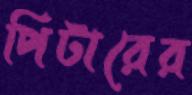
পিটারের